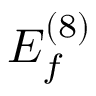
E _ { f } ^ { ( 8 ) }